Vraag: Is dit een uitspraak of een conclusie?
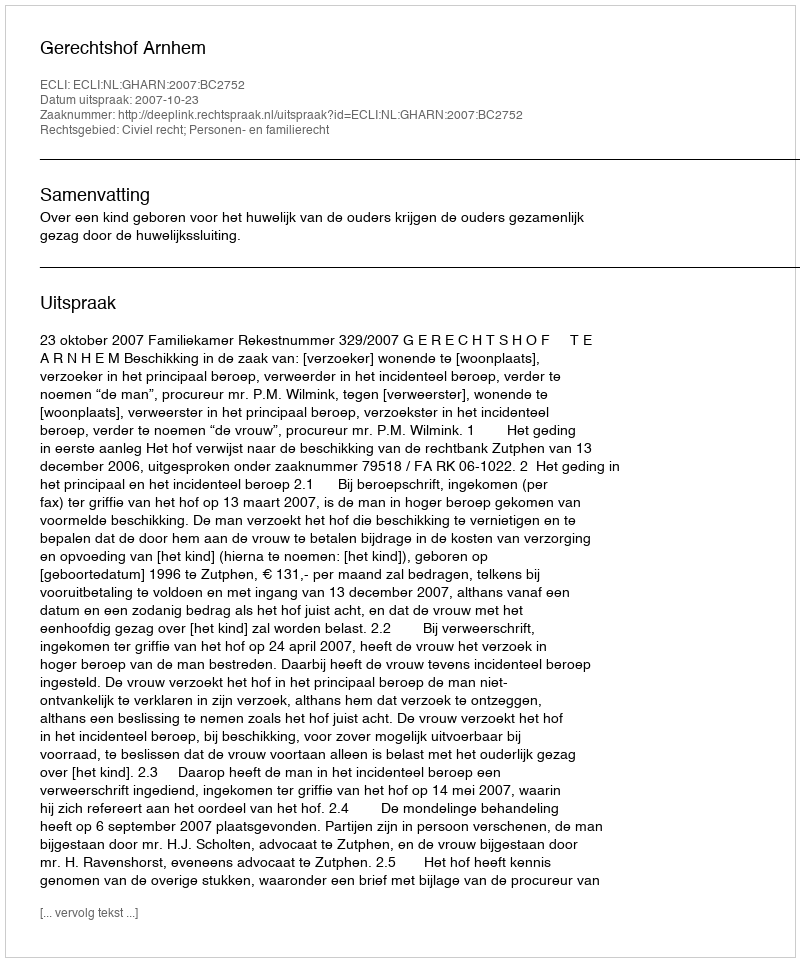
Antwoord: Uitspraak